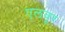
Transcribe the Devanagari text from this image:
एलवूर